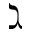
\gimel